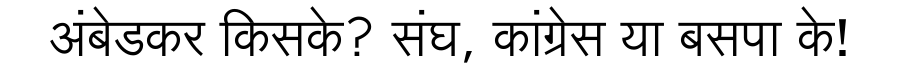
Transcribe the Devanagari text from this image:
अंबेडकर किसके? संघ, कांग्रेस या बसपा के!